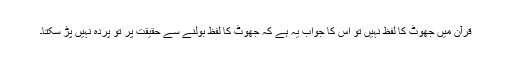
قرآن میں جھوٹ کا لفظ نہیں تو اس کا جواب یہ ہے کہ جھوٹ کا لفظ بولنے سے حقیقت پر تو پردہ نہیں پڑ سکتا۔